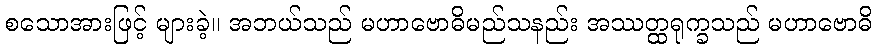
စသောအားဖြင့် များခဲ့။ အဘယ်သည် မဟာဗောဓိမည်သနည်း အဿတ္ထရုက္ခသည် မဟာဗောဓိ